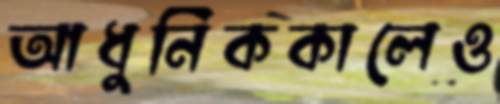
আধুনিককালেও